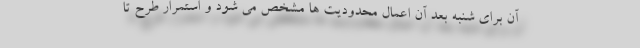
آن برای شنبه بعد آن اعمال محدودیت ها مشخص می شود و استمرار طرح تا